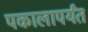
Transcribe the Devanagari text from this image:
पकालापर्यंत